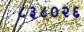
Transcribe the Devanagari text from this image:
८३८०२६